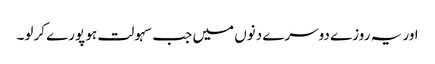
اور یہ روزے دوسرے دنوں میں جب سہولت ہو پورے کرلو۔